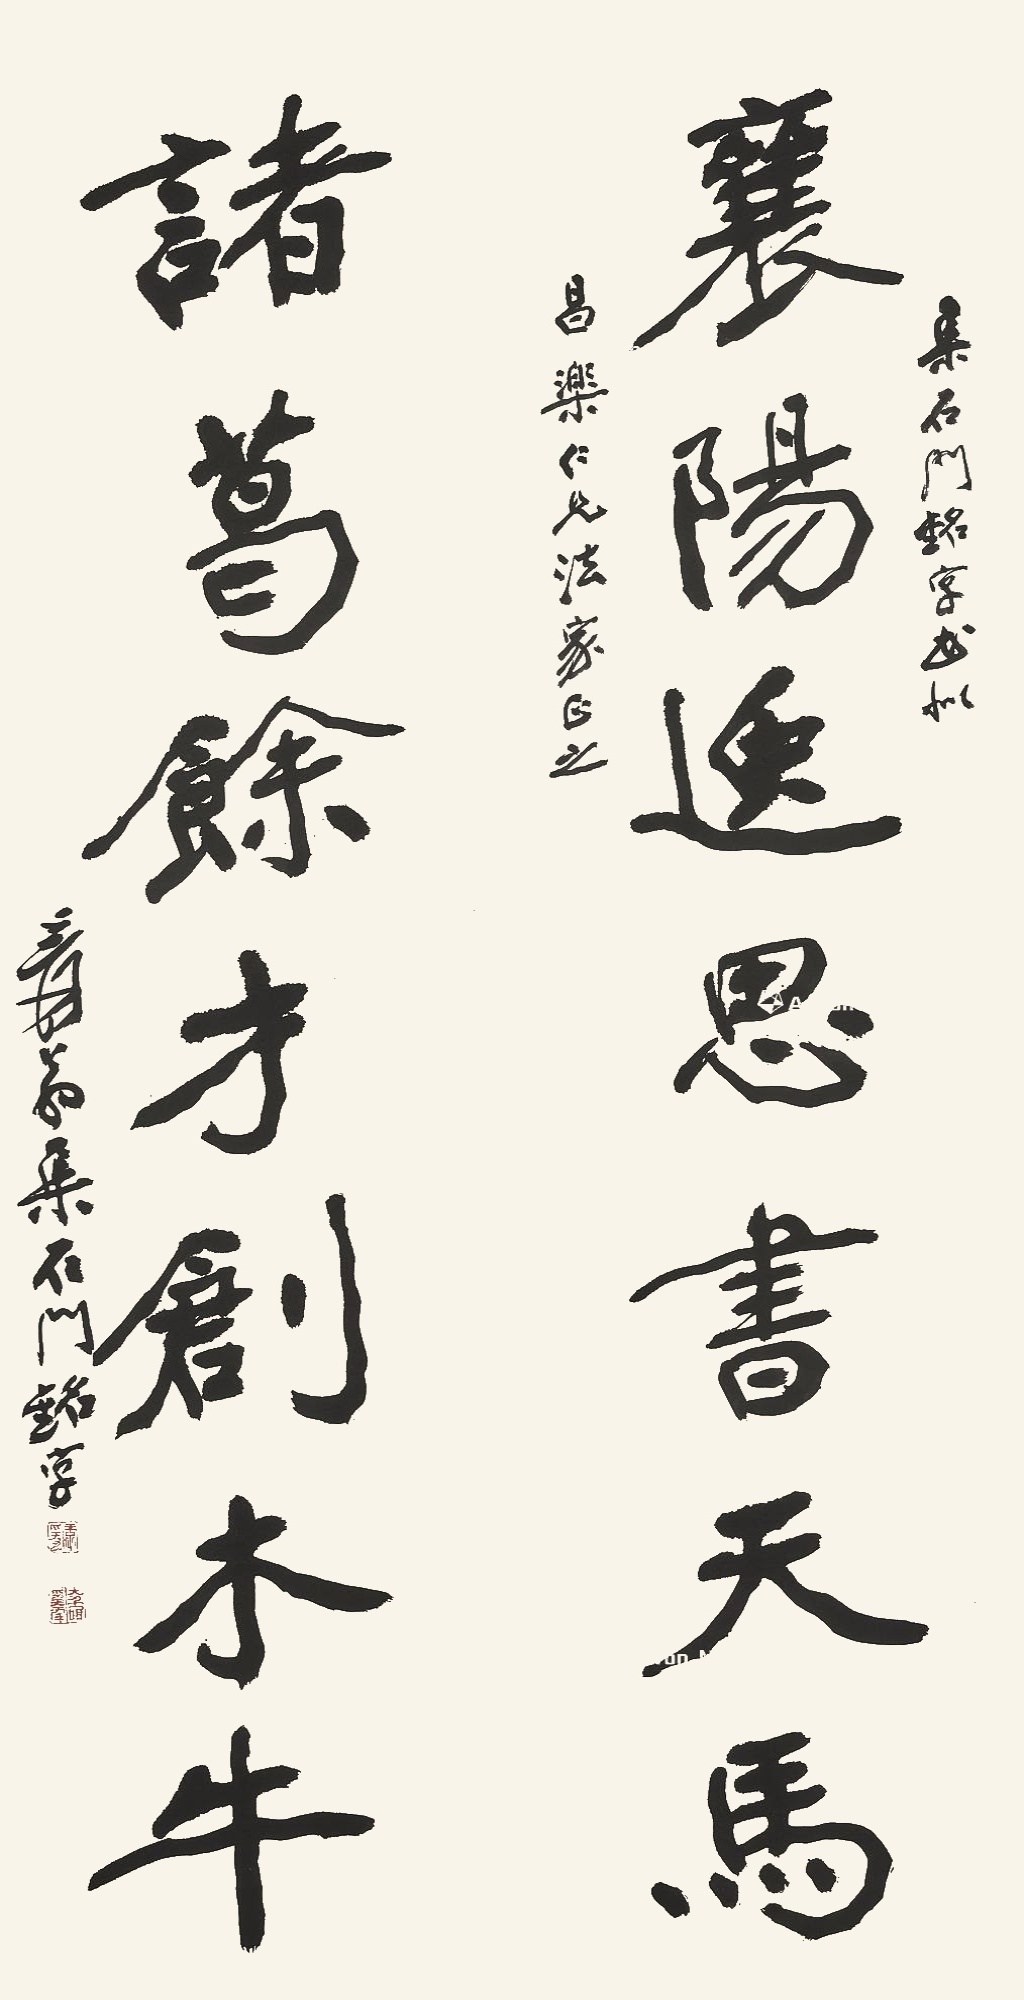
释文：襄阳逸思书天马，诸葛余才创木牛。集〈石门铭〉字，书似昌乐仁兄法家正之，爰翁集〈石门铭〉字。